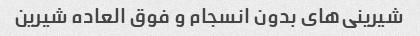
شیرینی‌های بدون انسجام و فوق العاده شیرین